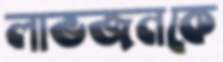
লাভজনকে